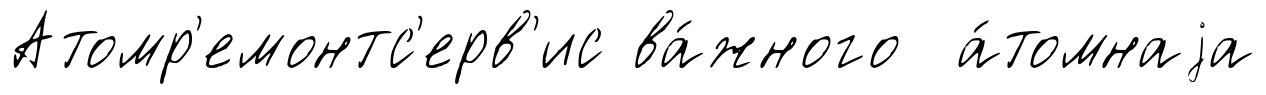
Атомр'емонтс'ерв'ис ва́жного а́томнаjа